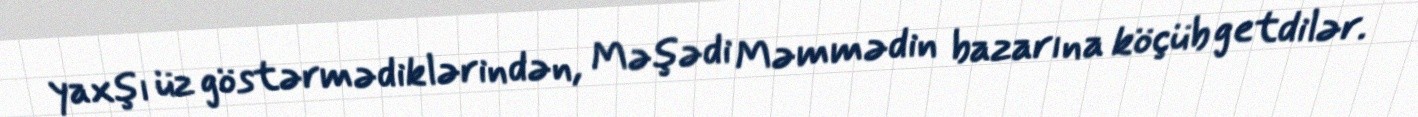
yaxşı üz göstərmədiklərindən, Məşədi Məmmədin bazarına köçüb getdilər.